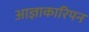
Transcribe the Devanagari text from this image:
आज्ञाकारिपन